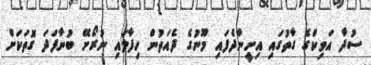
ސުދާ އަވިކްގެ ގާތުގައި އިށީންދެފައި މޫނުގެ ދެއަތުން ހިފާލައި ނުރޯށޭ ބުނާފަދަ ގޮތަކަށް